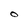
Character: O